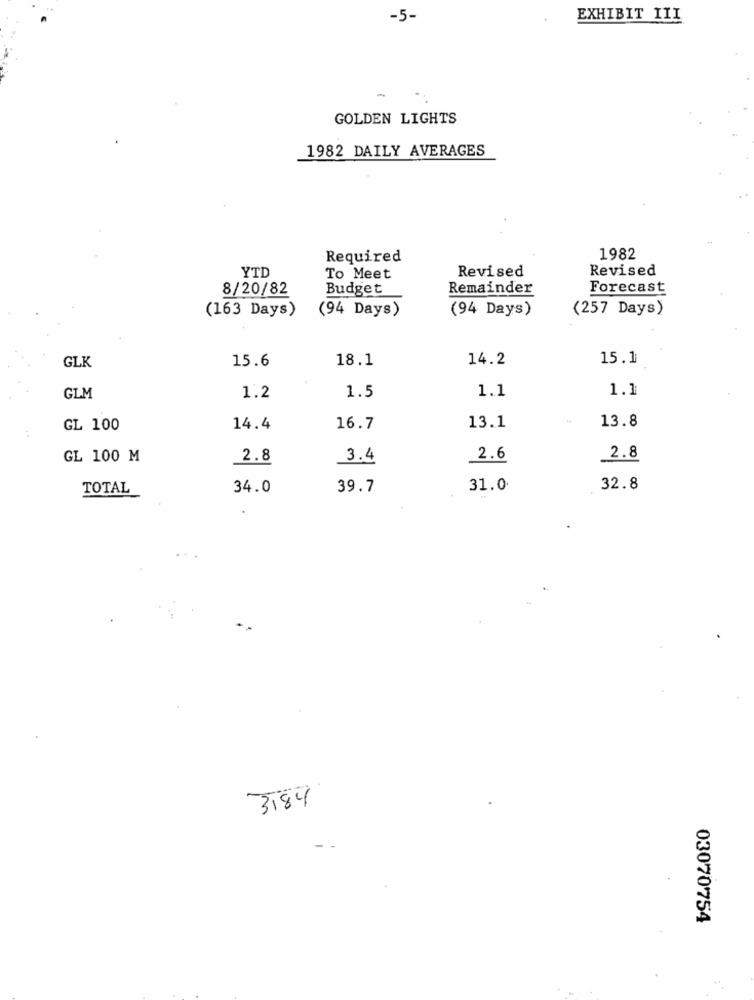
-5-
EXHIBIT III
-
GOLDEN LIGHTS
1982 DAILY AVERAGES
Required
1982
Revised
Revised
YTD
To Meet
8/20/82
Budget
Remainder
Forecast
(163 Days)
(94 Days)
(94 Days)
(257 Days)
GLK
15.6
18.1
14.2
15.1
1.2
1.5
1.1
1.1
GLM
GL 100
14.4
16.7
13.1
13.8
GL 100 M
2.8
3.4
2.6
2.8
TOTAL
34.0
39.7
31.0
32.8
3184
03070754